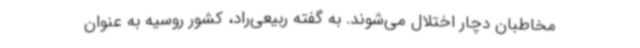
مخاطبان دچار اختلال می‌شوند. به گفته ربیعی‌راد، کشور روسیه به عنوان